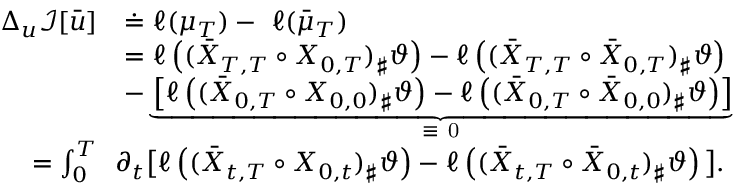
\begin{array} { r l } { \Delta _ { u } \mathcal I [ \bar { u } ] } & { \doteq \ell ( \mu _ { T } ) - \ \ell ( \bar { \mu } _ { T } ) } \\ & { = \ell \left( ( \bar { X } _ { T , T } \circ X _ { 0 , T } ) _ { \sharp } \vartheta \right) - \ell \left( ( \bar { X } _ { T , T } \circ \bar { X } _ { 0 , T } ) _ { \sharp } \vartheta \right) } \\ & { - \underbrace { \left[ \ell \left( ( \bar { X } _ { 0 , T } \circ X _ { 0 , 0 } ) _ { \sharp } \vartheta \right) - \ell \left( ( \bar { X } _ { 0 , T } \circ \bar { X } _ { 0 , 0 } ) _ { \sharp } \vartheta \right) \right] } _ { \mathrm { ~ \equiv ~ 0 ~ } } } \\ { = \int _ { 0 } ^ { T } } & { \! \! \partial _ { t } \big [ \ell \left( ( \bar { X } _ { t , T } \circ X _ { 0 , t } ) _ { \sharp } \vartheta \right) - \ell \left( ( \bar { X } _ { t , T } \circ \bar { X } _ { 0 , t } ) _ { \sharp } \vartheta \right) \big ] \d t . } \end{array}